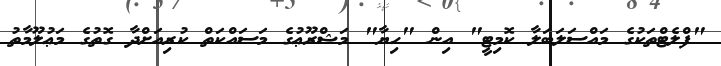
"ފްލެޓްތަކުގެ މައްސަލަބަލާ ކޮމިޓީ" އިން "ހިޔާ" މަޝްރޫޢުގެ މަސައްކަތް ކުރިއަށްދާ ގޮތުގެ މަޢުލޫމާތު